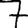
Digit: 7